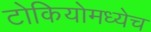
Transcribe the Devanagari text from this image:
टोकियोमध्येच